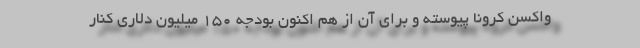
واکسن کرونا پیوسته و برای آن از هم اکنون بودجه ۱۵۰ میلیون دلاری کنار